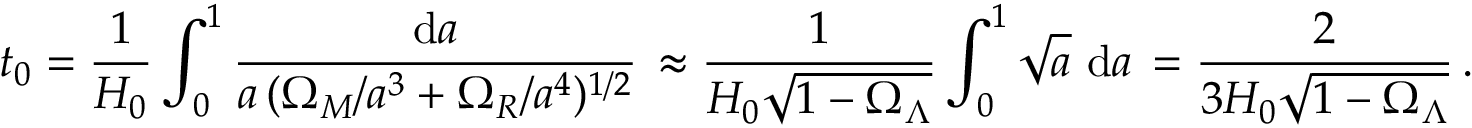
t _ { 0 } = \frac { 1 } { H _ { 0 } } \int _ { 0 } ^ { 1 } \frac { \mathrm { d } a } { a \, ( \Omega _ { M } / a ^ { 3 } + \Omega _ { R } / a ^ { 4 } ) ^ { 1 / 2 } } \, \approx \frac { 1 } { H _ { 0 } \sqrt { 1 - \Omega _ { \Lambda } } } \int _ { 0 } ^ { 1 } \sqrt { a } \, \, \mathrm { d } a \, = \frac { 2 } { 3 H _ { 0 } \sqrt { 1 - \Omega _ { \Lambda } } } \, .